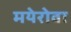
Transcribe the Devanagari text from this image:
मयेरोवा